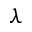
\lambda